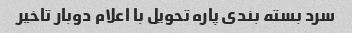
سرد بسته بندی پاره تحویل با اعلام دوبار تاخیر